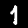
Digit: 1